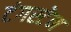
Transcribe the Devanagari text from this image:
टंगस्टेन